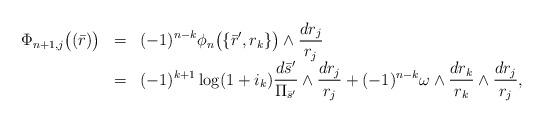
LaTeX: \begin{align*}\begin{array}{lcl}\Phi_{n+1,j}\big((\bar{r})\big)&=&\displaystyle(-1)^{n-k}\phi_{n}\big(\{\bar{r}',r_k\}\big)\wedge\frac{dr_j}{r_j}\\&=&\displaystyle(-1)^{k+1}\log(1+i_k)\frac{d\bar{s}'}{\Pi_{\bar{s}'}}\wedge\frac{dr_j}{r_j}+(-1)^{n-k}\omega\wedge\frac{dr_k}{r_k}\wedge\frac{dr_j}{r_j},\end{array}\end{align*}